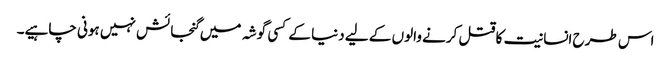
اس طرح انسانیت کا قتل کرنے والوں کے لیے دنیا کے کسی گوشہ میں گنجائش نہیں ہونی چاہیے۔